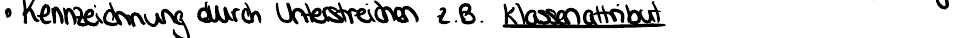
Kennzeichnung durch Unterstreichen z.B. Klassenattribut